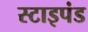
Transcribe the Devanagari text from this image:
स्टाइपंड